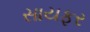
સાયફર